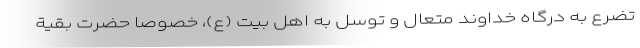
تضرع به درگاه خداوند متعال و توسل به اهل بیت (ع)، خصوصا حضرت بقیة